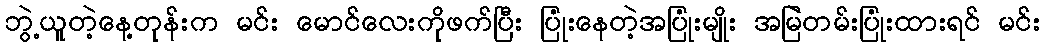
ဘွဲ့ယူတဲ့နေ့တုန်းက မင်း မောင်လေးကိုဖက်ပြီး ပြုံးနေတဲ့အပြုံးမျိုး အမြဲတမ်းပြုံးထားရင် မင်း